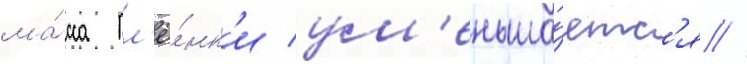
ма́сса пл'ё́нк'и ум'еньша́етс'я //